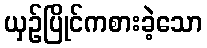
ယှဉ်ပြိုင်ကစားခဲ့သော